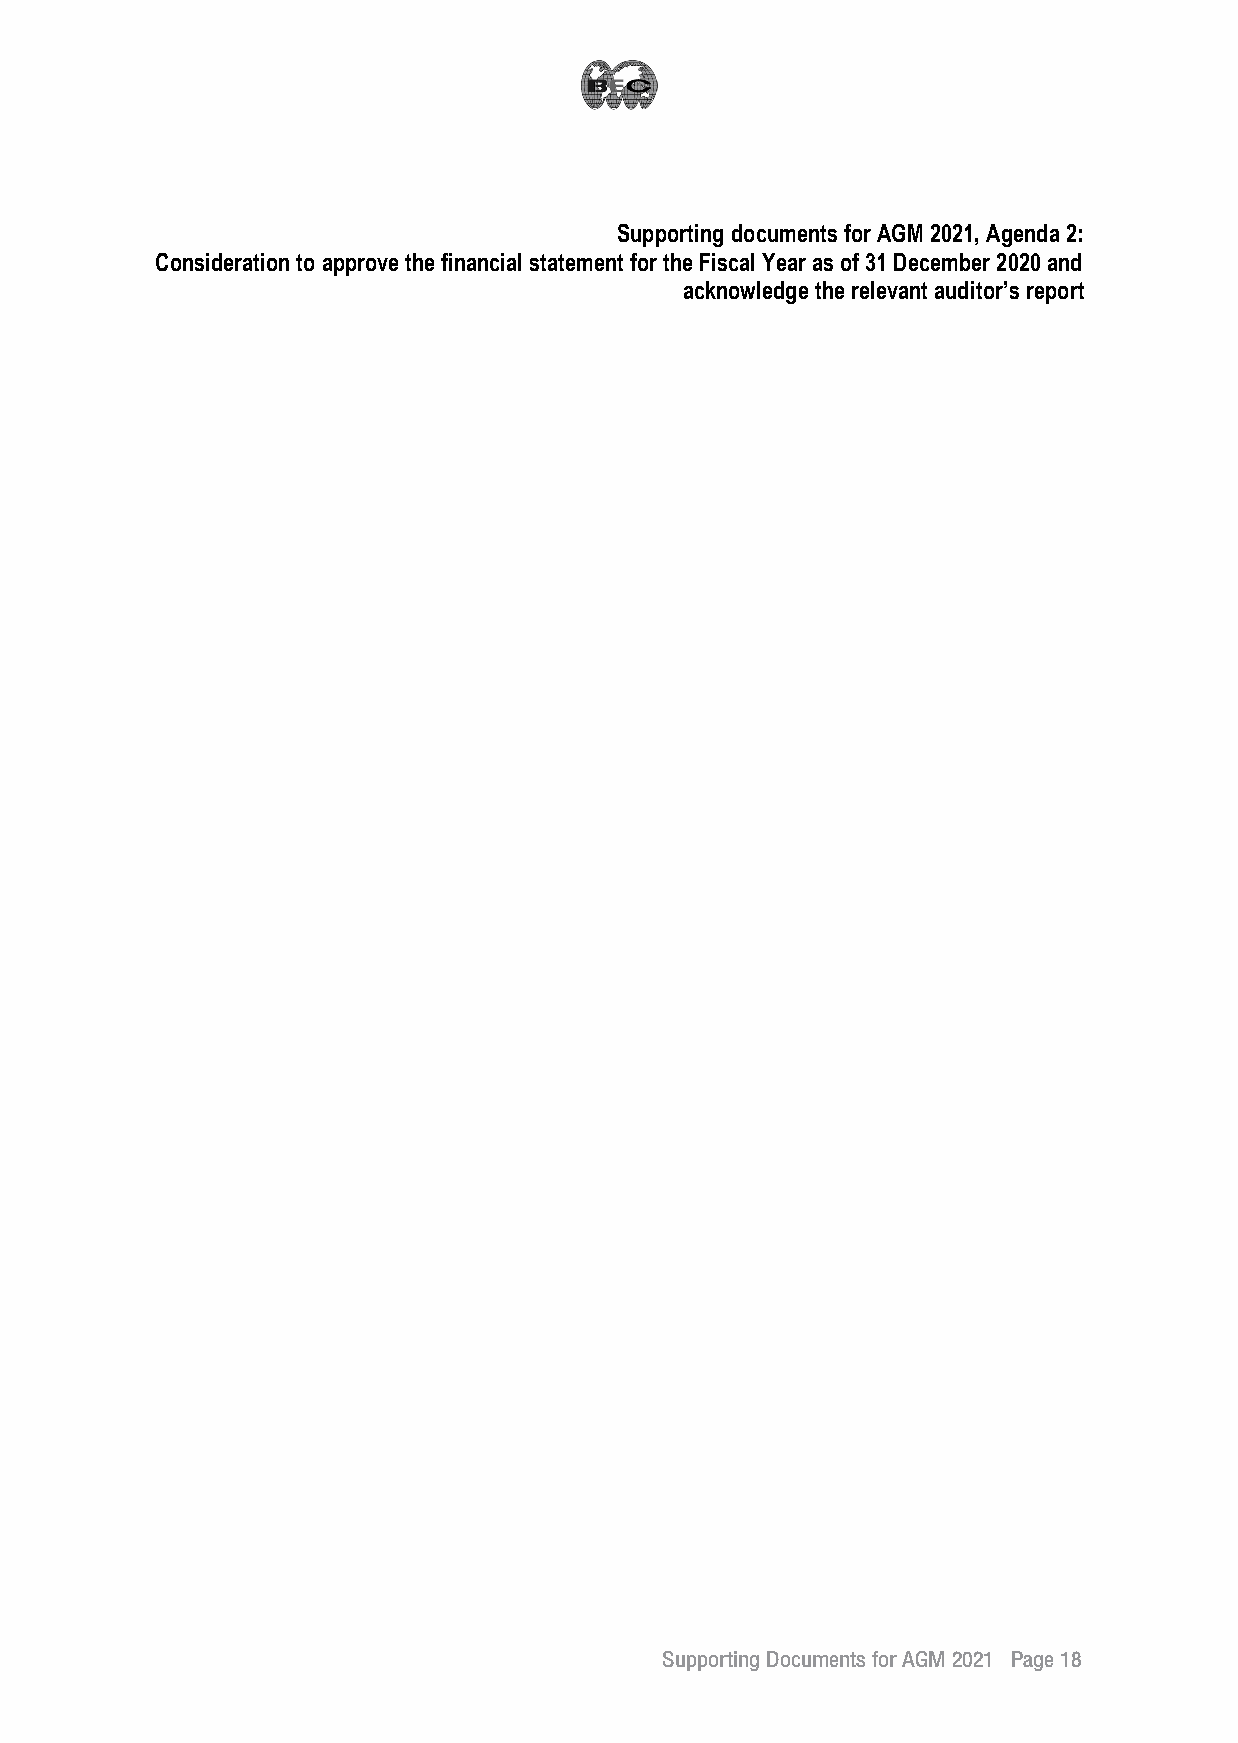
Supporting documents for AGM 2021, Agenda 2:
 Consideration to approve the financial statement for the Fiscal Year as of 31 December 2020 and
 acknowledge the relevant auditor’s report
 Supporting Documents for AGM 2021 Page 18
 __2211--00330011 BBEECC EEnngg22..iinndddd 1188                          11//44//22556644 BBEE 1133::1144
 19